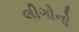
લીગોનો